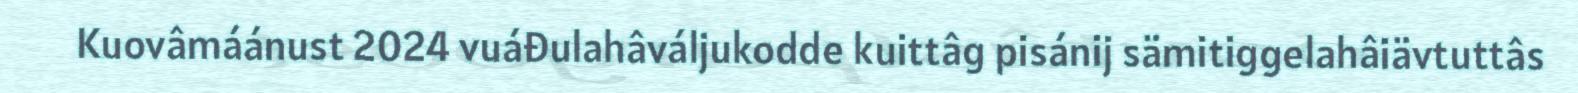
Kuovâmáánust 2024 vuáđulahâváljukodde kuittâg pisánij sämitiggelahâiävtuttâs